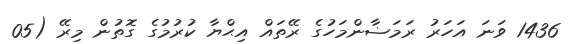
1436 ވަނަ އަހަރު ރަމަޟާންމަހުގެ ރޭތައް އިޙްޔާ ކުރުމުގެ ގޮތުން މިރޭ (05